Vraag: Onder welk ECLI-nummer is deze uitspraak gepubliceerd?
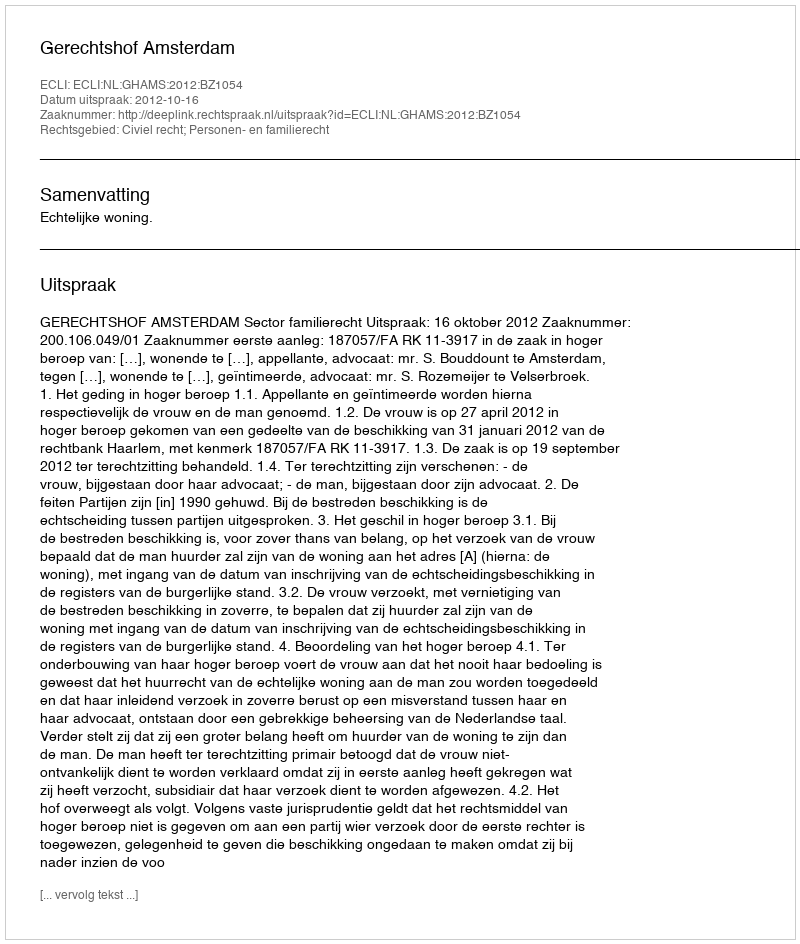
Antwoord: ECLI:NL:GHAMS:2012:BZ1054